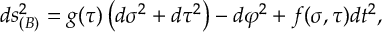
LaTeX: d s _ { ( B ) } ^ { 2 } = g ( \tau ) \left( d \sigma ^ { 2 } + d \tau ^ { 2 } \right) - d \varphi ^ { 2 } + f ( \sigma , \tau ) d t ^ { 2 } ,